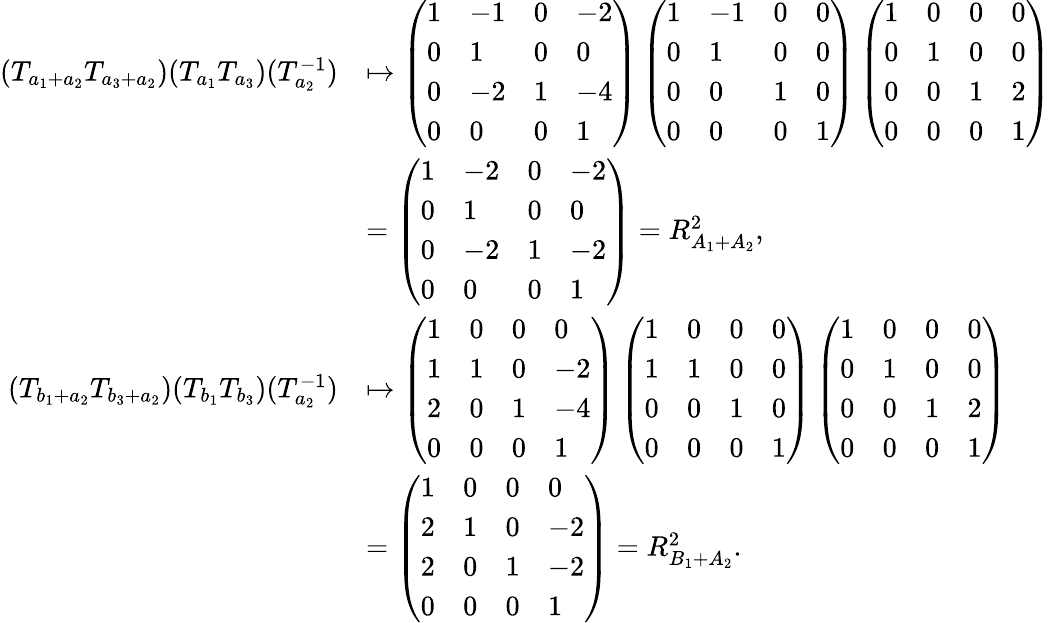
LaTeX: \begin{array}{rl}{(T_{a_{1}+a_{2}}T_{a_{3}+a_{2}})(T_{a_{1}}T_{a_{3}})(T_{a_{2}}^{-1})}&{\mapsto\left(\begin{array}{llll}{1}&{-1}&{0}&{-2}\\ {0}&{1}&{0}&{0}\\ {0}&{-2}&{1}&{-4}\\ {0}&{0}&{0}&{1}\end{array}\right)\left(\begin{array}{llll}{1}&{-1}&{0}&{0}\\ {0}&{1}&{0}&{0}\\ {0}&{0}&{1}&{0}\\ {0}&{0}&{0}&{1}\end{array}\right)\left(\begin{array}{llll}{1}&{0}&{0}&{0}\\ {0}&{1}&{0}&{0}\\ {0}&{0}&{1}&{2}\\ {0}&{0}&{0}&{1}\end{array}\right)}\\ &{=\left(\begin{array}{llll}{1}&{-2}&{0}&{-2}\\ {0}&{1}&{0}&{0}\\ {0}&{-2}&{1}&{-2}\\ {0}&{0}&{0}&{1}\end{array}\right)=R_{A_{1}+A_{2}}^{2},}\\ {(T_{b_{1}+a_{2}}T_{b_{3}+a_{2}})(T_{b_{1}}T_{b_{3}})(T_{a_{2}}^{-1})}&{\mapsto\left(\begin{array}{llll}{1}&{0}&{0}&{0}\\ {1}&{1}&{0}&{-2}\\ {2}&{0}&{1}&{-4}\\ {0}&{0}&{0}&{1}\end{array}\right)\left(\begin{array}{llll}{1}&{0}&{0}&{0}\\ {1}&{1}&{0}&{0}\\ {0}&{0}&{1}&{0}\\ {0}&{0}&{0}&{1}\end{array}\right)\left(\begin{array}{llll}{1}&{0}&{0}&{0}\\ {0}&{1}&{0}&{0}\\ {0}&{0}&{1}&{2}\\ {0}&{0}&{0}&{1}\end{array}\right)}\\ &{=\left(\begin{array}{llll}{1}&{0}&{0}&{0}\\ {2}&{1}&{0}&{-2}\\ {2}&{0}&{1}&{-2}\\ {0}&{0}&{0}&{1}\end{array}\right)=R_{B_{1}+A_{2}}^{2}.}\end{array}